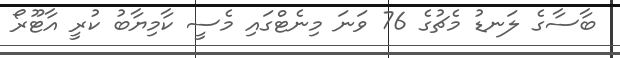
ބާސާގެ ލަނޑު މެޗުގެ 76 ވަނަ މިނެޓްގައި މެސީ ކާމިޔާބު ކުރީ އާޓޫރޯ